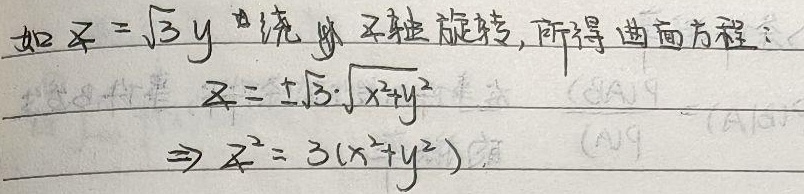
如\(z = \sqrt{3}y\)绕\(z\)轴旋转，所得曲面方程：
\[
z=\pm\sqrt{3}\cdot\sqrt{x^{2}+y^{2}} \Rightarrow z^{2}=3(x^{2}+y^{2})
\]